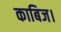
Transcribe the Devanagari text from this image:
काबिज।